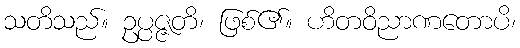
သတိသည်။ ဥပ္ပဇ္ဇတိ၊ ဖြစ်၏။ ဟိတဝိညာဏတောပိ၊